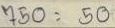
750 = 50